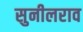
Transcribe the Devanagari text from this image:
सुनीलराव